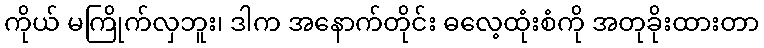
ကိုယ် မကြိုက်လှဘူး၊ ဒါက အနောက်တိုင်း ဓလေ့ထုံးစံကို အတုခိုးထားတာ